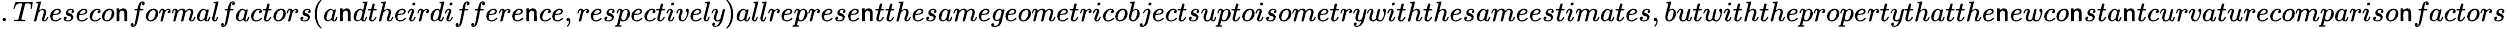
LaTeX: .Theseco\mathsf{n}formalfactors(a\mathsf{n}dtheirdiffere\mathsf{n}ce,respectively)allreprese\mathsf{n}tthesamegeometricobjectsuptoisometrywiththesameestimates,butwiththepropertythatthe\mathsf{n}ewco\mathsf{n}sta\mathsf{n}tcurvaturecompariso\mathsf{n}factors